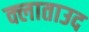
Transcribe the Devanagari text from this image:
क्लाताउद